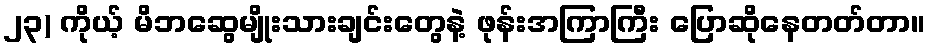
၂၃) ကိုယ့် မိဘဆွေမျိုးသားချင်းတွေနဲ့ ဖုန်းအကြာကြီး ပြောဆိုနေတတ်တာ။